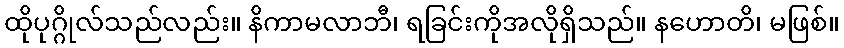
ထိုပုဂ္ဂိုလ်သည်လည်း။ နိကာမလာဘီ၊ ရခြင်းကိုအလိုရှိသည်။ နဟောတိ၊ မဖြစ်။